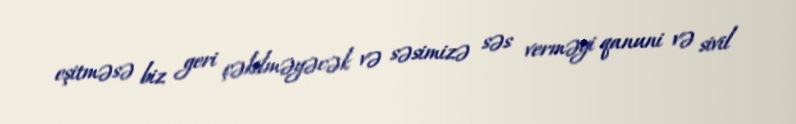
eşitməsə biz geri çəkilməyəcək və səsimizə səs verməyi qanuni və sivil